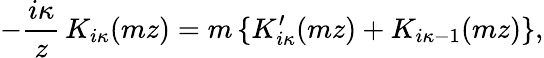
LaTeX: -\frac{i\kappa}{z}\, K_{i\kappa}(mz)=m\, \{ K_{i\kappa}^{\prime}(mz)+K_{i\kappa-1}(mz)\} ,